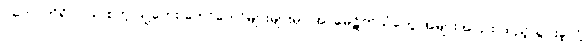
ပိတောက်ရိပ်ဝယ် စတဲ့ သူ့တေး တော်တော်များများမှာ အာမေဋိတ်သံတွေ အများအပြား ထည့်သွင်းခဲ့လို့